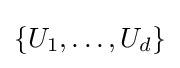
\{U_{1},\dots ,U_{d}\}